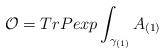
LaTeX: \begin{align*}{\cal O}= Tr Pexp \int_{\gamma_{(1)}} A_{(1)}\end{align*}